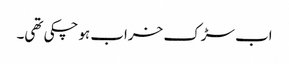
اب سڑک خراب ہوچکی تھی۔